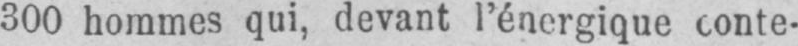
300 hommes qui, devant l’énergique conte-